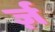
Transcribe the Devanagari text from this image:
र्ज़